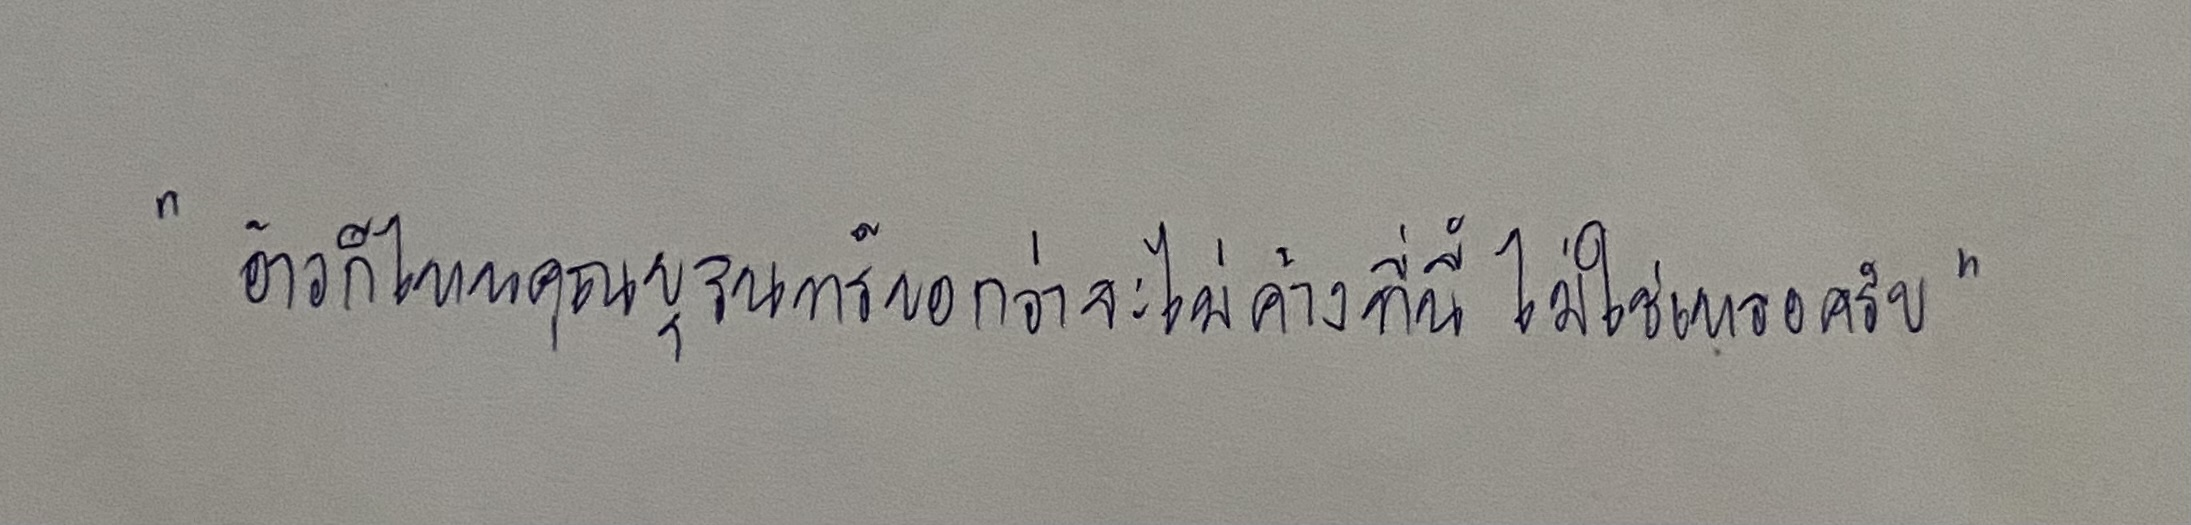
"อ้าวก็ไหนคุณบุรินทร์บอกว่าจะไม่ค้างที่นี้ไม่ใช่เหรอครับ"